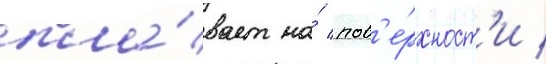
пла́вает на́ пов'е́рхност'и /